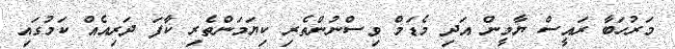
މަރުހަބާ ރައީސް ޔާމީން އަދި މެޑަމް ވިސްނުންތެރި ކިޔަމަންތެރި ކާފަ ދަރިއެއް ކަމުގައި